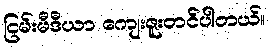
ငြမ်းမီဒီယာ ကျေးဇူးတင်ပါတယ်။